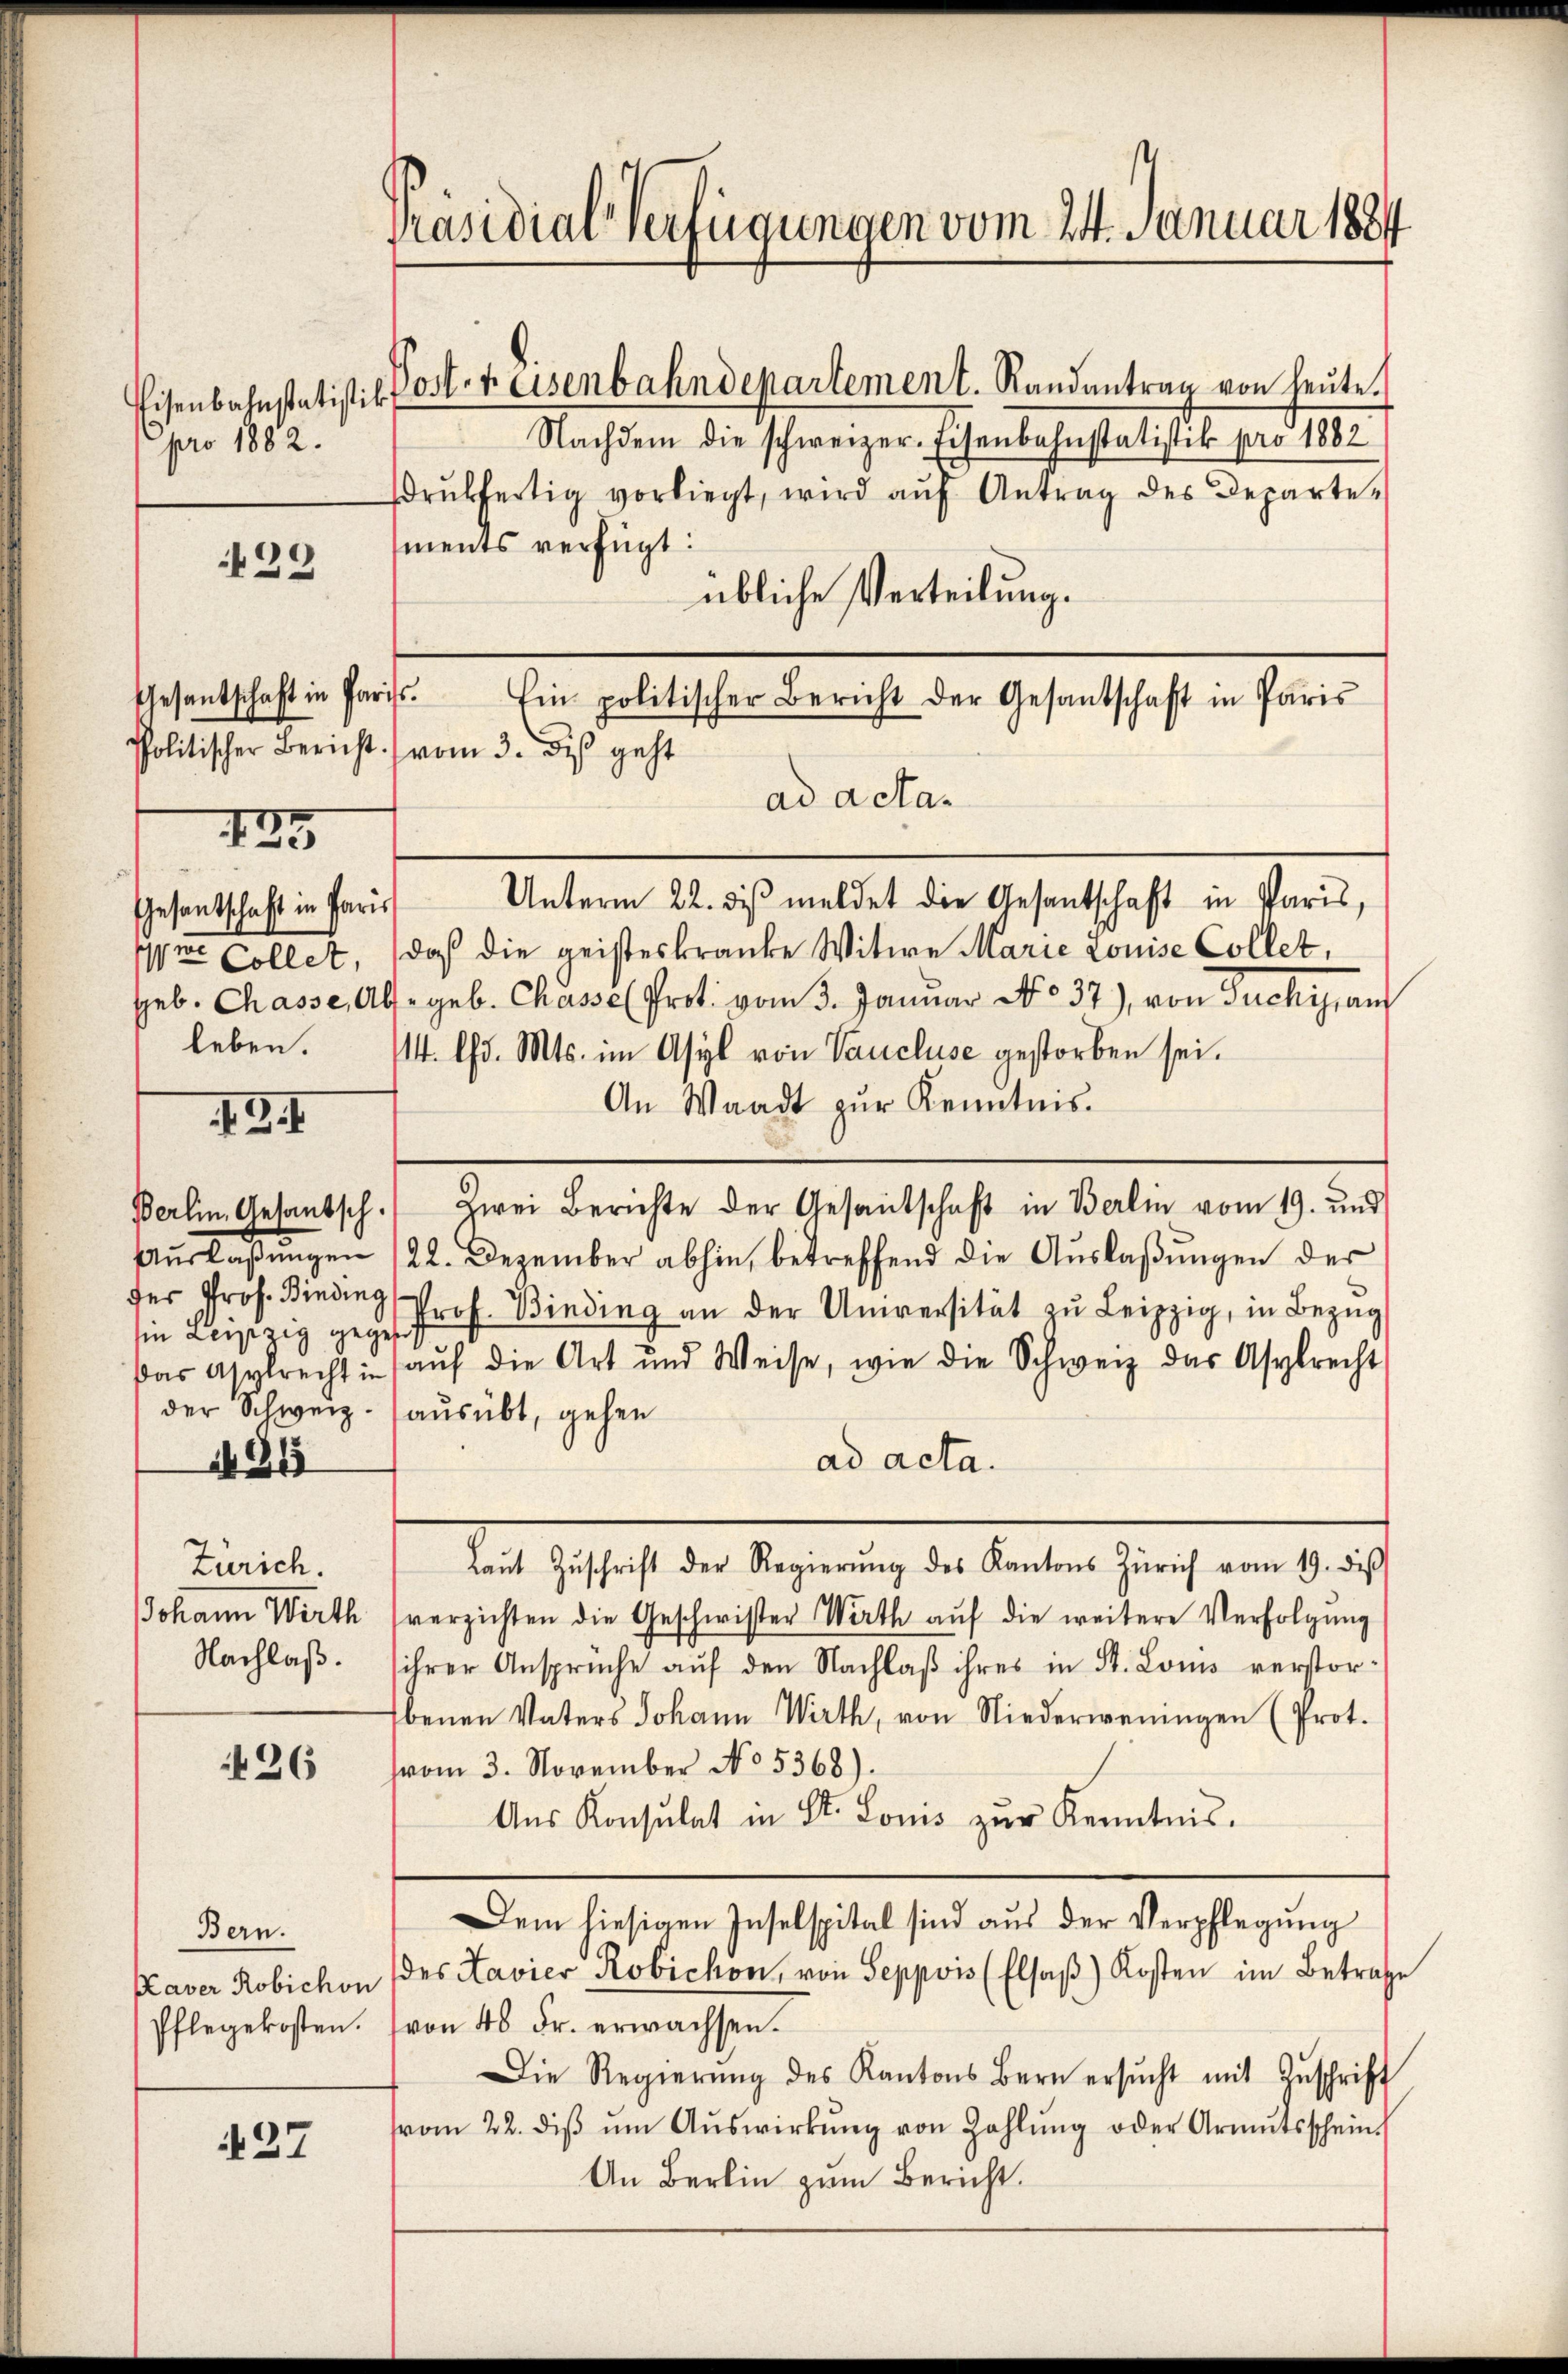
pro 1882.

39

Gesantschaft in Pariss.

125

Gesantschaft in Paris
we Collet,
leben.

. 3.

hin Leipzig gegen
der Schweiz.

N 215

Zürich.
Nachlaß.

26

Bern.
Pflegekosten.

27

Präsidial-Verfügungen vom 24. Januar 1884

Eisenbahnstatistik Poster Eisenbahndepartement. Randantrag von heute.
Nachdem die schweizer-Eisenbahnstatistik pro 1882
drŭkfertig vorliegt, wird aŭf Antrag des Departe-
ments verfügt:
übliche Verteilung.
Ein politischer Bericht der Gesandschaft in Paris
Politischer Bericht vom 3. des geht
ad acta.
Unterm 22. diβ meldet die Gesantschaft in Paris,
daß die geisteskranke Witwe Marie Louise Collet,
geb. Chasse, Abs. geb. Chasse Prot. vom 3. Januar No. 37), von Suchig, an
114. Chr. Mts. im Asyl von Vaucluse gestorben sei.
An Waadt zur Kenntnis.
Berlin Gesantsch.) Zwei Berichte der Gesandschaft in Berlin vom 19. und
Auslaßungen 122. Dezember abhin, betreffend die Auslaßungen der
.
das Asylrecht in aŭf die Art und Weise, wie die Schweiz das Asylrecht
ausübt, gehen
ad acta.
Laŭt Zŭschrift der Regierŭng des Kantons Zürich vom 19. diβ
JJohann Wirth (verzichten die Geschwister Wirth aŭf die weitere Verfolgŭng
ihrer Ansprüche auf den Nachlaß ihres in St. Louis verstor¬
Ebenen Vaters Johann Wirth, von Niederweningen (Prot.
vom 3. November No. 5368).
Aŭs Konsulat in St. Louis zŭr Kenntnis.
Dem hiesigen Inselspital sind aus der Verpflegung
Kaver Robichon des Lavier Robichon, von Seppois (Elsaβ) Kosten im Betrafe
von 48 Fr. erwachsen.
Die Regierŭng des Kantons Bern ersŭcht mit Zŭschrift
vom 22. diβ ŭm Aŭswirkŭng von Zahlŭng oder Armŭtsschein.
An Berlin zum Bericht.